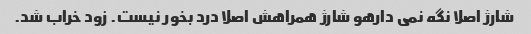
شارژ اصلا نگه نمی دارهو شارژ همراهش اصلا درد بخور نیست. زود خراب شد.